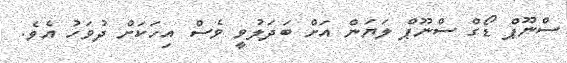
ސްނޫޕް ޑޯގް ސްނޫޕް ލަޔަން އަށް ބަދަލުވީ ވެސް އިހަކަށް ދުވަހު އެވެ.